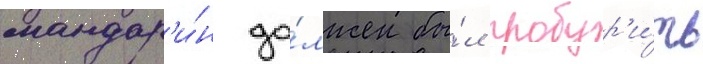
мандар'и́н до́лжен бы́л пробур'и́ть